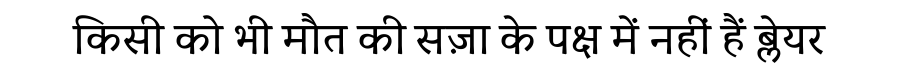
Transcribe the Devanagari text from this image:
किसी को भी मौत की सज़ा के पक्ष में नहीं हैं ब्लेयर